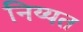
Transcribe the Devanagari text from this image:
निय्यत